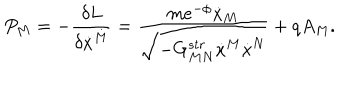
P _ { M } = - { \frac { \delta L } { \delta \dot { x } ^ { M } } } = { \frac { m e ^ { - \phi } \dot { x } _ { M } } { \sqrt { - G _ { M N } ^ { s t r } \dot { x } ^ { M } \dot { x } ^ { N } } } } + q A _ { M } .